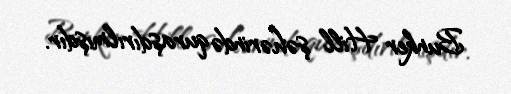
Bunker Hill şəhərində quraşdırılmışdır.